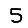
Digit: 5